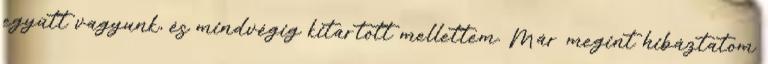
együtt vagyunk, és mindvégig kitartott mellettem. Már megint hibáztatom